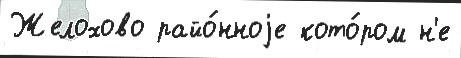
Желохово райо́нноjе кото́ром н'е